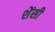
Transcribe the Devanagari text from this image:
शेंसी